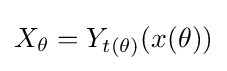
X_{\theta }=Y_{t(\theta )}(x(\theta ))